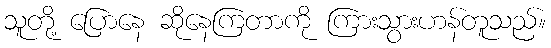
သူတို့ ပြောနေ ဆိုနေကြတာကို ကြားသွားဟန်တူသည်။